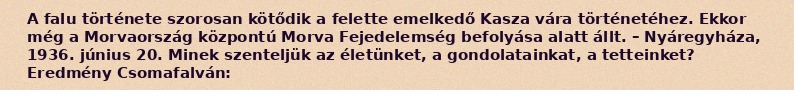
A falu története szorosan kötődik a felette emelkedő Kasza vára történetéhez. Ekkor még a Morvaország központú Morva Fejedelemség befolyása alatt állt. – Nyáregyháza, 1936. június 20. Minek szenteljük az életünket, a gondolatainkat, a tetteinket? Eredmény Csomafalván: